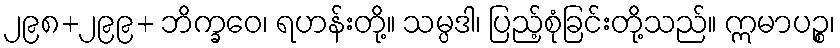
၂၉၈+၂၉၉+ ဘိက္ခဝေ၊ ရဟန်းတို့။ သမ္ပဒါ၊ ပြည့်စုံခြင်းတို့သည်။ ဣမာပဉ္စ၊